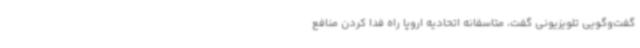
گفت‌وگویی تلویزیونی گفت، متاسفانه اتحادیه اروپا راه فدا کردن منافع